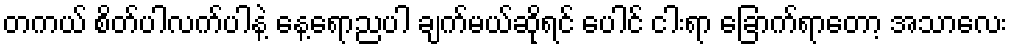
တကယ် စိတ်ပါလက်ပါနဲ့ နေ့ရောညပါ ချက်မယ်ဆိုရင် ပေါင် ငါးရာ ခြောက်ရာတော့ အသာလေး